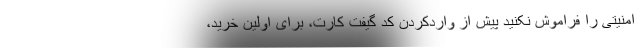
امنیتی را فراموش نکنید پیش از واردکردن کد گیفت کارت، برای اولین خرید،